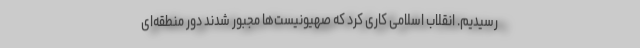
رسیدیم. انقلاب اسلامی کاری کرد که صهیونیست‌ها مجبور شدند دور منطقه‌ای